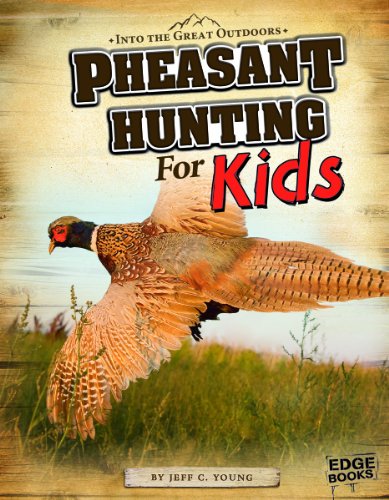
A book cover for Pheasant Hunting for Kids (Into the Great Outdoors); Jeff C Young; Children's Books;